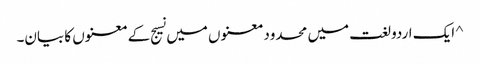
^ ایک اردو لغت میں محدود معنوں میں نسیج کے معنوں کا بیان۔